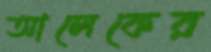
আলেকের